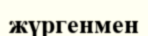
жүргенмен